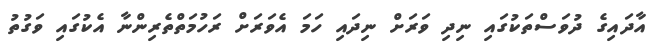
އާދައިގެ ދުވަސްތަކުގައި ނިދި ވަރަށް ނިދައި ހަމަ އެވަރަށް ރަހުމަތްތެރިންނާ އެކުގައި ވަގުތު